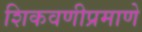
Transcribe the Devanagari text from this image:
शिकवणीप्रमाणे